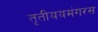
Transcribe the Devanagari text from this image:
तृतीययमंगरस